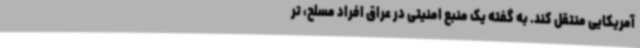
آمریکایی منتقل کند. به گفته یک منبع امنیتی در عراق افراد مسلح، تر